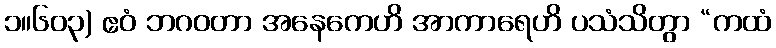
၁။၆၀၃) ဧဝံ ဘဂဝတာ အနေကေဟိ အာကာရေဟိ ပသံသိတွာ “ကထံ